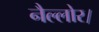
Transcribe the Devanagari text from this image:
नैल्‍लोर।